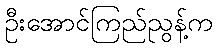
ဦးအောင်ကြည်ညွန့်က